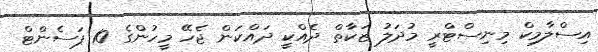
އިސްލާމިކް މިނިސްޓްރީ މުދަލު ޒަކާތް ދެއްކީ ދައްކަން ޖެހޭ މީހުންގެ 10 ޕަސެންޓް